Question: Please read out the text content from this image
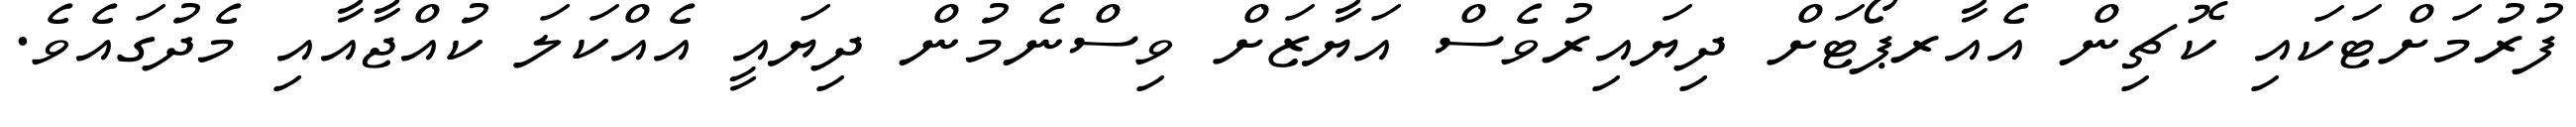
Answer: ފުރުމަށްޓަކައި ކޮޗިން އެއާރޕޯޓަށް ދިޔައިރުވެސް އަޔާޒަށް ވިސްނެމުން ދިޔައީ އެއްކަލަ ކުއްޖާއާއި މެދުގައެވެ.